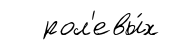
рол'евы́х